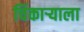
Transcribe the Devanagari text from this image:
चिंकाऱ्याला